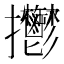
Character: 𢺴